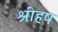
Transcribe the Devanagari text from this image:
श्रीहष